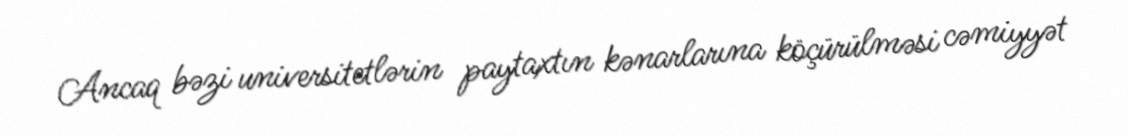
Ancaq bəzi universitetlərin paytaxtın kənarlarına köçürülməsi cəmiyyət